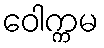
ဝေါက္ကမ